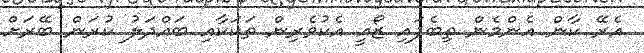
އެރޭ ކާން އެންމެން ތިބެފައި ޒޯއީ އެކުވެރިން ތަކަކާއި ބައްދަލު ކުރަން ބޭރަށް